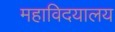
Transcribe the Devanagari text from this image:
महाविदयालय